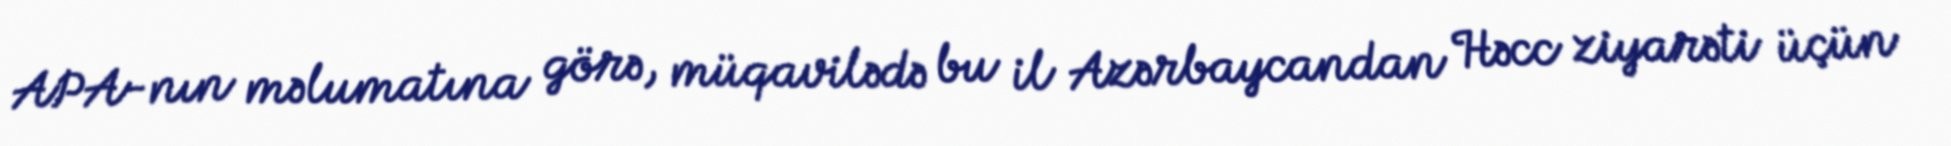
APA-nın məlumatına görə, müqavilədə bu il Azərbaycandan Həcc ziyarəti üçün